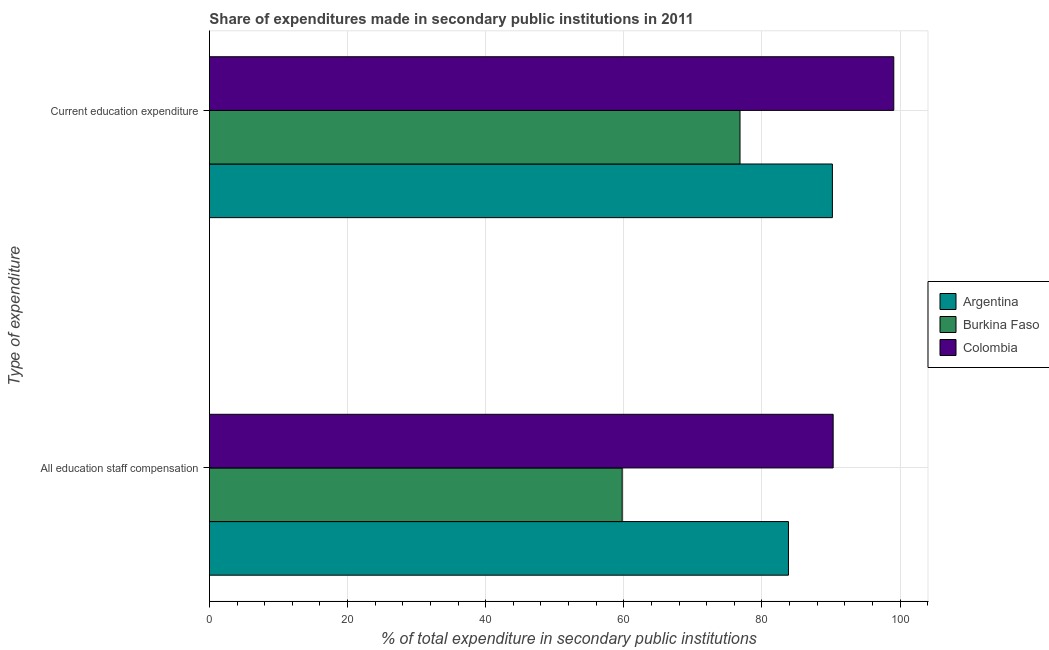
| Type of expenditure | Argentina | Burkina Faso | Colombia |
 | --- | --- | --- | --- |
 | All education staff compensation | 83.8 | 59.8 | 90.3 |
 | Current education expenditure | 90.2 | 76.8 | 99.1 |